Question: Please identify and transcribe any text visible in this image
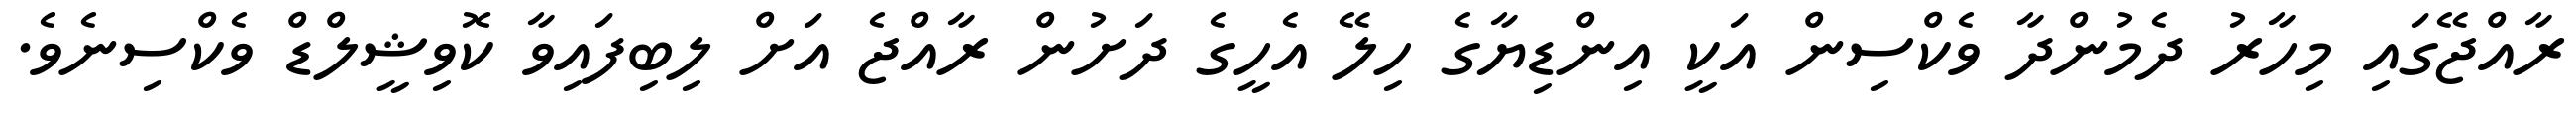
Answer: ރާއްޖޭގައި މިހާރު ދެމުންދާ ވެކްސިން އަކީ އިންޑިޔާގެ ހިލޭ އެހީގެ ދަށުން ރާއްޖެ އަށް ލިބިފައިވާ ކޮވިޝީލްޑް ވެކްސިނެވެ.